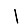
Digit: 1